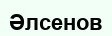
Әлсенов